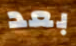
بعد